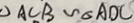
\Delta A C B \sim \Delta A D C